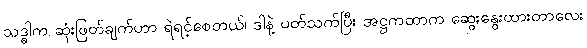
သဒ္ဓါက ဆုံးဖြတ်ချက်ဟာ ရဲရင့်စေတယ်၊ ဒါနဲ့ ပတ်သက်ပြီး အဋ္ဌကထာက ဆွေးနွေးထားတာလေး